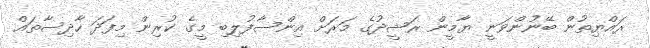
ރައްޔިތުން ބޭނުންވަނީ ޔާމީން ރަޝީދުގެ މަރަށް އިންސާފުލިބި މީގެ ކުރިން މިފަދަ ހާދިސާތައް